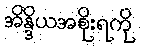
အိန္ဒိယအစိုးရကို